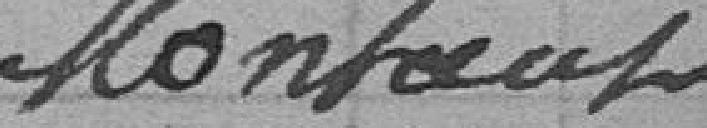
Montant